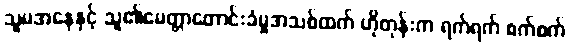
သူမအနေနှင့် သူ၏မေတ္တာတောင်းခံမှုအသစ်ထက် ဟိုတုန်းက ရက်ရက် စက်စက်